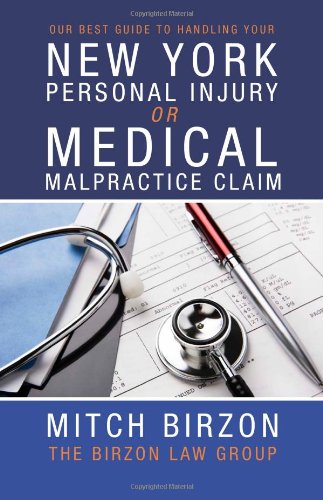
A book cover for Our Best Guide to Handling Your New York Personal Injury or Medical Malpractice Claim; Mitch Birzon; Law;